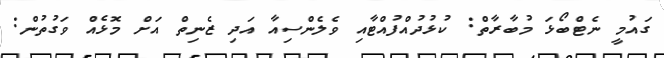
ގައުމީ ނެޓްބޯޅަ މުބާރާތް: ކުޅުދުއްފުއްޓާއި ވެލެންސިއާ އަދި ޒެނިތް އަށް މޮޅެއް ވަގުތުން: